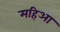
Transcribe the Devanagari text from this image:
महिआ